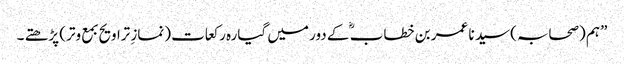
” ہم (صحابہ) سید نا عمر بن خطاب ؓ کے دور میں گیارہ رکعات (نمازِ تراویح بمع وتر) پڑھتے ۔